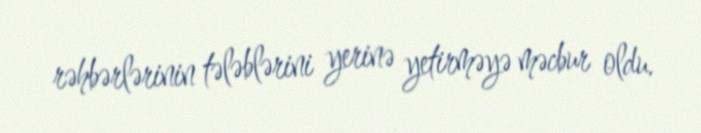
rəhbərlərinin tələblərini yerinə yetirməyə məcbur oldu.